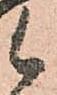
候